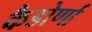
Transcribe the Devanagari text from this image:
कैडोर्णा